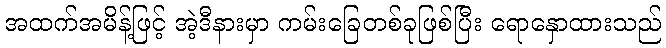
အထက်အမိန့်ဖြင့် အဲ့ဒီနားမှာ ကမ်းခြေတစ်ခုဖြစ်ပြီး ရောနှောထားသည်